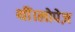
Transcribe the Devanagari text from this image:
थीं।लोपेज़